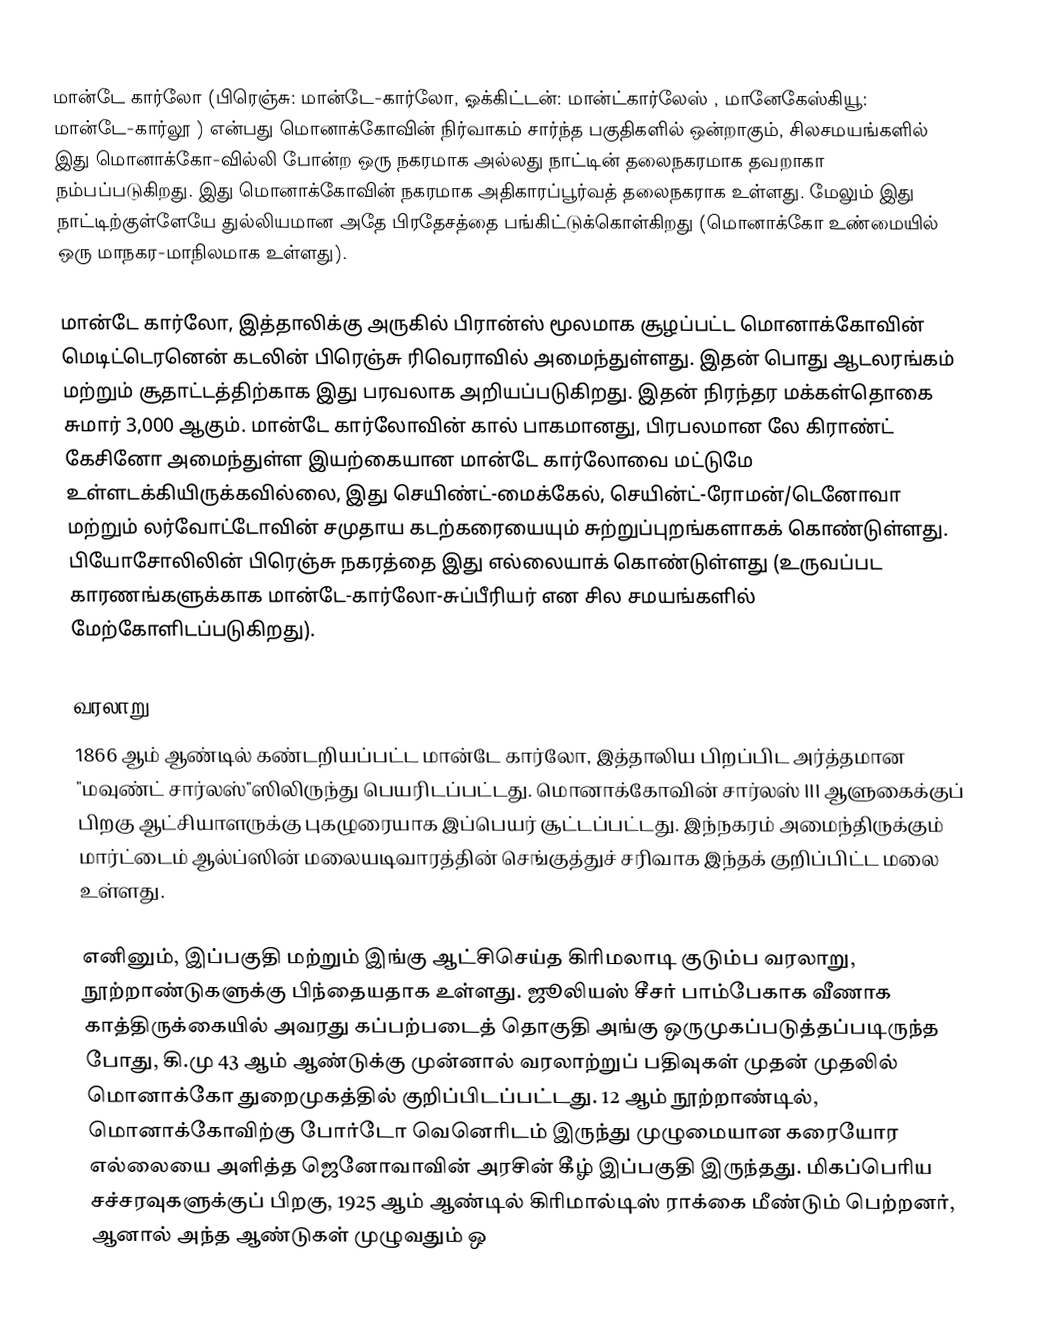
மான்டே கார்லோ  (பிரெஞ்சு: மான்டே-கார்லோ, ஓக்கிட்டன்: மான்ட்கார்லேஸ் , மானேகேஸ்கியூ: மான்டே-கார்லூ ) என்பது மொனாக்கோவின் நிர்வாகம் சார்ந்த பகுதிகளில் ஒன்றாகும், சிலசமயங்களில் இது மொனாக்கோ-வில்லி போன்ற ஒரு நகரமாக அல்லது நாட்டின் தலைநகரமாக தவறாகா நம்பப்படுகிறது. இது மொனாக்கோவின் நகரமாக அதிகாரப்பூர்வத் தலைநகராக உள்ளது. மேலும் இது நாட்டிற்குள்ளேயே துல்லியமான அதே பிரதேசத்தை பங்கிட்டுக்கொள்கிறது  (மொனாக்கோ உண்மையில் ஒரு மாநகர-மாநிலமாக உள்ளது).

மான்டே கார்லோ, இத்தாலிக்கு அருகில் பிரான்ஸ் மூலமாக சூழப்பட்ட மொனாக்கோவின் மெடிட்டெரனென் கடலின் பிரெஞ்சு ரிவெராவில் அமைந்துள்ளது. இதன் பொது ஆடலரங்கம் மற்றும் சூதாட்டத்திற்காக இது பரவலாக அறியப்படுகிறது. இதன் நிரந்தர மக்கள்தொகை சுமார் 3,000 ஆகும். மான்டே கார்லோவின் கால் பாகமானது, பிரபலமான லே கிராண்ட் கேசினோ அமைந்துள்ள இயற்கையான மான்டே கார்லோவை மட்டுமே உள்ளடக்கியிருக்கவில்லை, இது செயிண்ட்-மைக்கேல், செயின்ட்-ரோமன்/டெனோவா மற்றும் லர்வோட்டோவின் சமுதாய கடற்கரையையும் சுற்றுப்புறங்களாகக் கொண்டுள்ளது. பியோசோலிலின் பிரெஞ்சு நகரத்தை இது எல்லையாக் கொண்டுள்ளது (உருவப்பட காரணங்களுக்காக மான்டே-கார்லோ-சுப்பீரியர் என சில சமயங்களில் மேற்கோளிடப்படுகிறது).

வரலாறு
1866 ஆம் ஆண்டில் கண்டறியப்பட்ட மான்டே கார்லோ, இத்தாலிய பிறப்பிட அர்த்தமான "மவுண்ட் சார்லஸ்"ஸிலிருந்து பெயரிடப்பட்டது. மொனாக்கோவின் சார்லஸ் III ஆளுகைக்குப் பிறகு ஆட்சியாளருக்கு புகழுரையாக இப்பெயர் சூட்டப்பட்டது. இந்நகரம் அமைந்திருக்கும் மார்ட்டைம் ஆல்ப்ஸின் மலையடிவாரத்தின் செங்குத்துச் சரிவாக இந்தக் குறிப்பிட்ட மலை உள்ளது.

எனினும், இப்பகுதி மற்றும் இங்கு ஆட்சிசெய்த கிரிமலாடி குடும்ப வரலாறு, நூற்றாண்டுகளுக்கு பிந்தையதாக உள்ளது. ஜூலியஸ் சீசர் பாம்பேகாக வீணாக காத்திருக்கையில் அவரது கப்பற்படைத் தொகுதி அங்கு ஒருமுகப்படுத்தப்படிருந்த போது, கி.மு 43 ஆம் ஆண்டுக்கு முன்னால் வரலாற்றுப் பதிவுகள் முதன் முதலில் மொனாக்கோ துறைமுகத்தில் குறிப்பிடப்பட்டது. 12 ஆம் நூற்றாண்டில், மொனாக்கோவிற்கு போர்டோ வெனெரிடம் இருந்து முழுமையான கரையோர எல்லையை அளித்த ஜெனோவாவின் அரசின் கீழ் இப்பகுதி இருந்தது. மிகப்பெரிய சச்சரவுகளுக்குப் பிறகு, 1925 ஆம் ஆண்டில் கிரிமால்டிஸ் ராக்கை மீண்டும் பெற்றனர், ஆனால் அந்த ஆண்டுகள் முழுவதும் ஒ